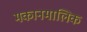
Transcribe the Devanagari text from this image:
मकानमालिक